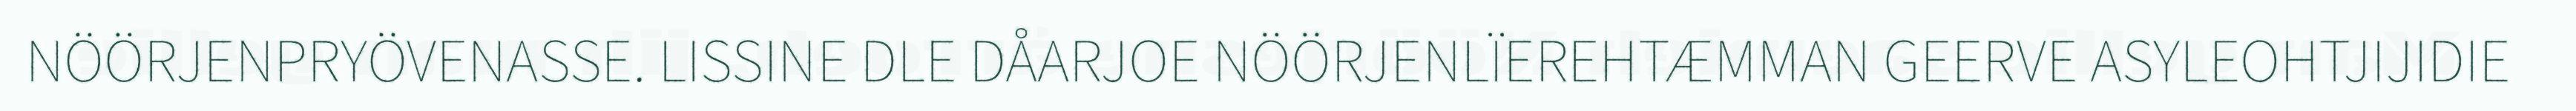
NÖÖRJENPRYÖVENASSE. LISSINE DLE DÅARJOE NÖÖRJENLÏEREHTÆMMAN GEERVE ASYLEOHTJIJIDIE